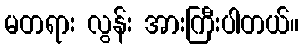
မတရား လွန်း အားကြီးပါတယ်။